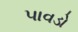
પાવડો